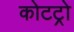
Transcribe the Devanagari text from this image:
कोटट्रो